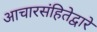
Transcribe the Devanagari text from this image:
आचारसंहितेद्वारे